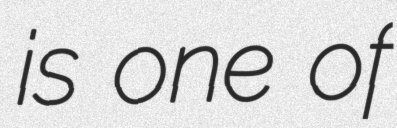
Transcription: is one of